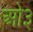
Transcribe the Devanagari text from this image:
ओ३